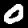
Label: 0